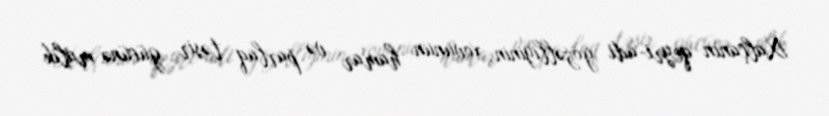
Xalçanın qeyri-adi gözəlliyinin, xovunun hamar və parlaq təsir gücünə malik